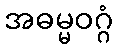
အဓမ္မဝဂ္ဂံ